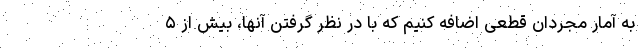
به آمار مجردان قطعی اضافه کنیم که با در نظر گرفتن آنها، بیش از ۵